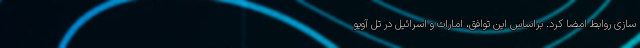
سازی روابط امضا کرد. براساس این توافق، امارات و اسرائیل در تل آویو